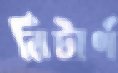
রিটার্ণ